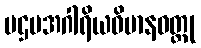
ပဌမအဂါရိယဝိမာနဝတ္ထု